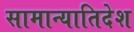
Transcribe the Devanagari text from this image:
सामान्यातिदेश